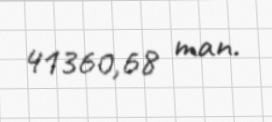
41360,68 man.